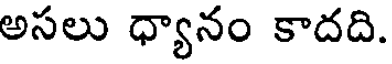
అసలు ధ్యానం కాదది.